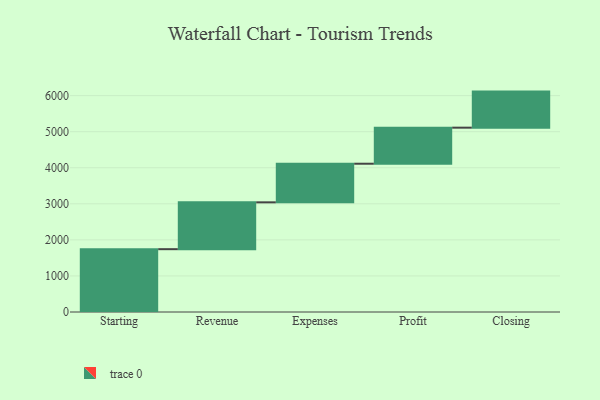
{"axis": {"x": "Step", "y": "Value"}, "legend": [""], "data": [{"x": "Starting", "y": 1742.0, "type": ""}, {"x": "Revenue", "y": 1299.0, "type": ""}, {"x": "Expenses", "y": 1071.0, "type": ""}, {"x": "Profit", "y": 1000, "type": ""}, {"x": "Closing", "y": 1000, "type": ""}]}